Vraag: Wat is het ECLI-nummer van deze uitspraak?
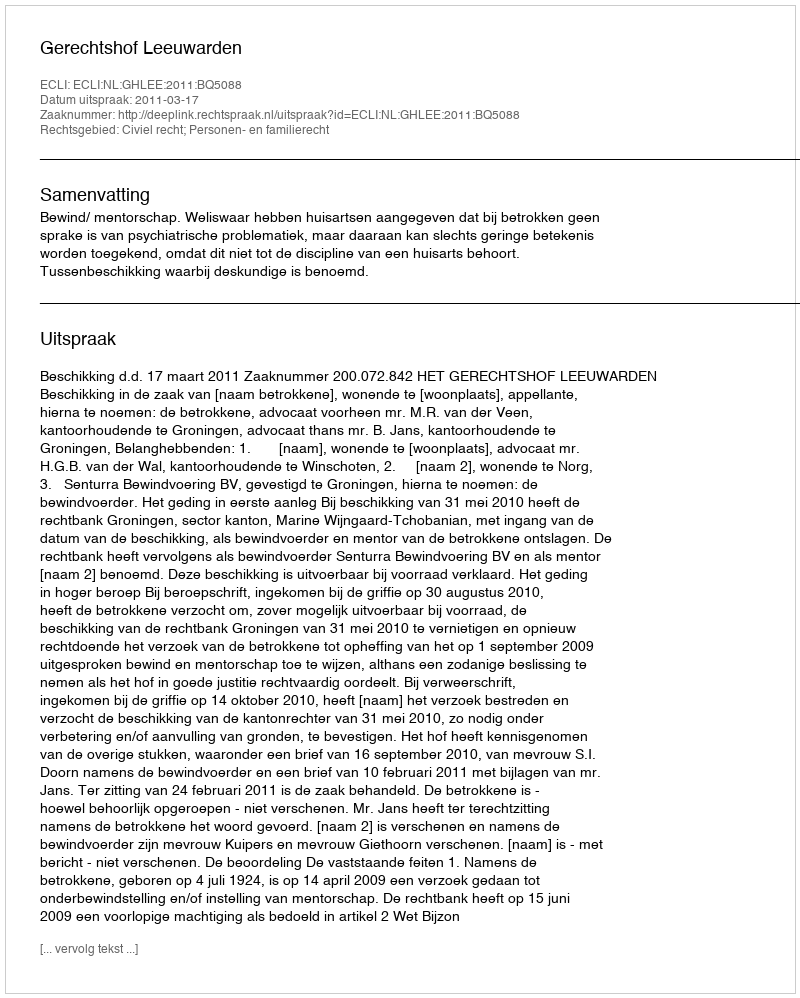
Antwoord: ECLI:NL:GHLEE:2011:BQ5088